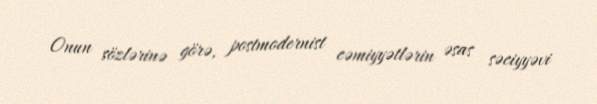
Onun sözlərinə görə, postmodernist cəmiyyətlərin əsas səciyyəvi